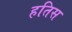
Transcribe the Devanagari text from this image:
हतिस